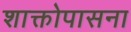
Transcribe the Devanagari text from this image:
शाक्तोपासना